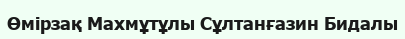
Өмірзақ Махмұтұлы Сұлтанғазин Бидалы